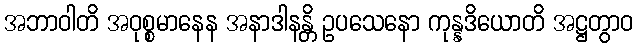
အဘာဝါတိ အဝုစ္စမာနေန အနာဒါနန္တိ ဥပသေနော ကုန္နဒိယောတိ အဋ္ဌတွာဝ